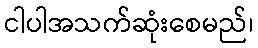
ငါပါအသက်ဆုံးစေမည်၊